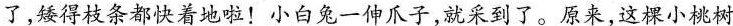
了，矮得枝条都快着地啦！小白兔一伸爪子，就采到了。原来，这棵小桃树